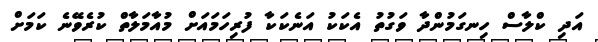
އަދި ކްލާސް ހިނގަމުންދާ ވަގުތު އެކަކު އަނެކަކާ ފުރިހަމައަށް މުއާމަލާތް ކުރެވޭނެ ކަމަށް